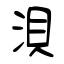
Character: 浿